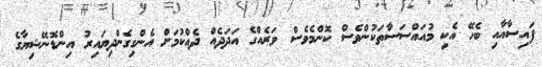
ފައިސާއާއި ބެހޭ އެކި މުއައްސަސާތަކުންވެސް ކޮންމެވެސް ވަރެއްގެ އަދަދެއް ދެއްކުމަށް އެންގިގެންދިޔައިރު އިންޑޮނޭޝިޔާގެ